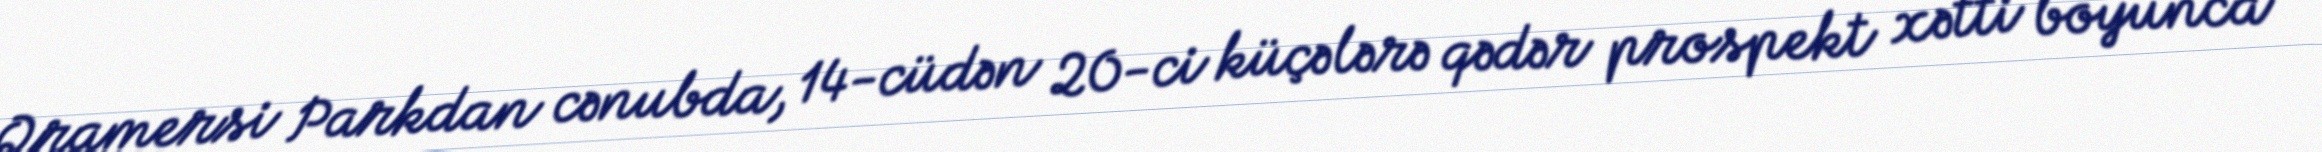
Qramersi Parkdan cənubda, 14-cüdən 20-ci küçələrə qədər prospekt xətti boyunca